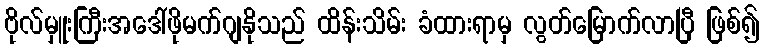
ဗိုလ်မှူးကြီးအဒေါ်ဖိုမက်ဂျနိုသည် ထိန်းသိမ်း ခံထားရာမှ လွတ်မြောက်လာပြီ ဖြစ်၍